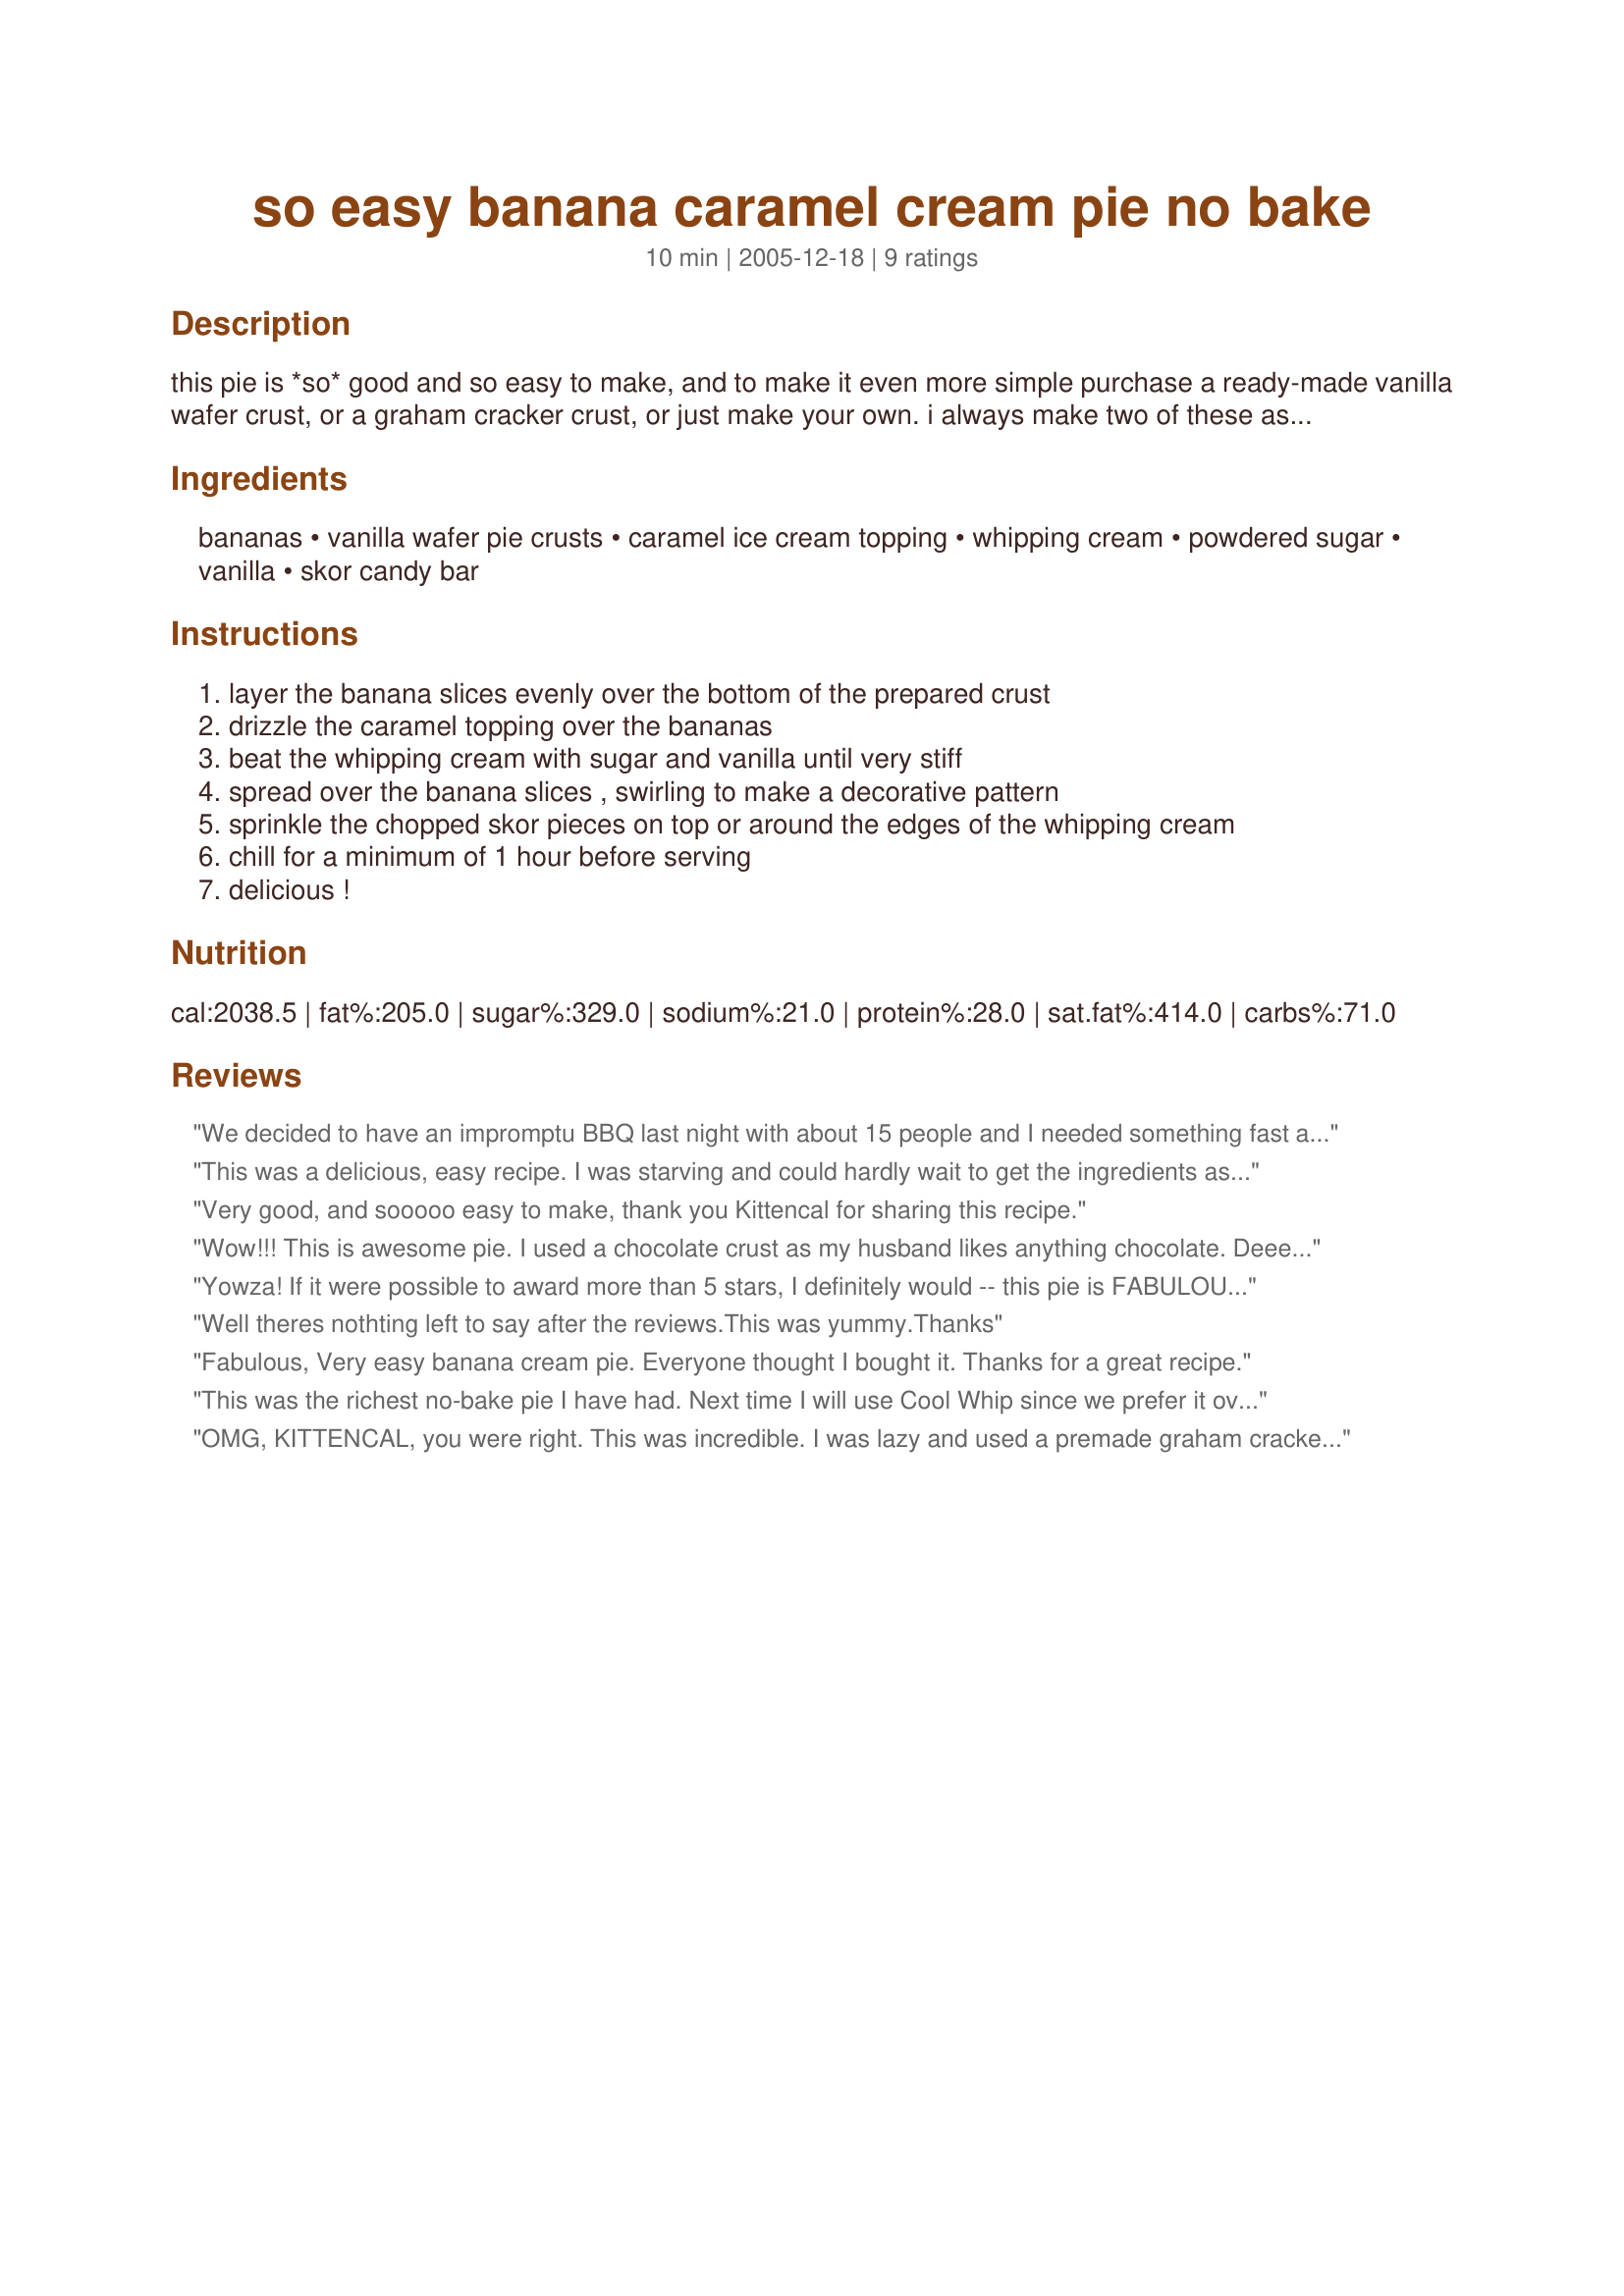
so easy banana caramel cream pie no bake
Preparation time: 10 minutes

this pie is *so* good and so easy to make, and to make it even more simple purchase a ready-made vanilla wafer crust, or a graham cracker crust, or just make your own. i always make two of these as i end up by eating almost one myself, it is that good!

Ingredients:
bananas, vanilla wafer pie crusts, caramel ice cream topping, whipping cream, powdered sugar, vanilla, skor candy bar

Steps:
layer the banana slices evenly over the bottom of the prepared crust
drizzle the caramel topping over the bananas
beat the whipping cream with sugar and vanilla until very stiff
spread over the banana slices , swirling to make a decorative pattern
sprinkle the chopped skor pieces on top or around the edges of the whipping cream
chill for a minimum of 1 hour before serving
delicious !

Reviews:
We decided to have an impromptu BBQ last night with about 15 people and I needed something fast and delicious for dessert. This pie was perfect. I made 2 pies about an hour before dinner than they chilled while we ate and were loved by all! Thanks so much for posting!:-)
This was a delicious, easy recipe. I was starving and could hardly wait to get the ingredients assembled. I accidentally picked up a shortbread crust, but that made no difference. So good.
Very good, and sooooo easy to make, thank you Kittencal for sharing this recipe.
Wow!!! This is awesome pie. I used a chocolate crust as my husband likes anything chocolate. Deeeelicious!! :)
Yowza! If it were possible to award more than 5 stars, I definitely would -- this pie is FABULOUS! Since I couldn't find Skor items in any shape or form, I processed down some semi-sweet chocolate morsels and sprinkled them over the pie and then drizzled the finished pie with caramel ice cream topping. YUM YUM YUM!!!
Well theres nothting left to say after the reviews.This was yummy.Thanks
Fabulous, Very easy banana cream pie. Everyone thought I bought it. Thanks for a great recipe.
This was the richest no-bake pie I have had. Next time I will use Cool Whip since we prefer it over whipped cream. This pie has three of my favorite things bananas, caramel and toffee. 

Thanks Kittencal for such a easy dessert.

Bullwinkle
OMG, KITTENCAL, you were right. This was incredible. I was lazy and used a premade graham cracker crust with a can of Easy Caramel Sauce (#42321) I had in the pantry and piped fat free cool whip on top. It was fantastic and everybody thought I worked really hard on it! Thanks a million.
